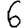
Digit: 6